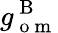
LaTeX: g_{\mathrm{~o~m~}}^{\mathrm{~B~}}